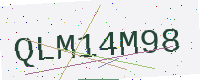
Text: QLM14M98